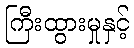
ကြီးထွားမှုနှင့်